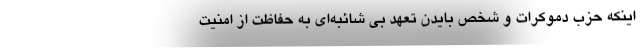
اینکه حزب دموکرات و شخص بایدن تعهد بی شائبه‌ای به حفاظت از امنیت